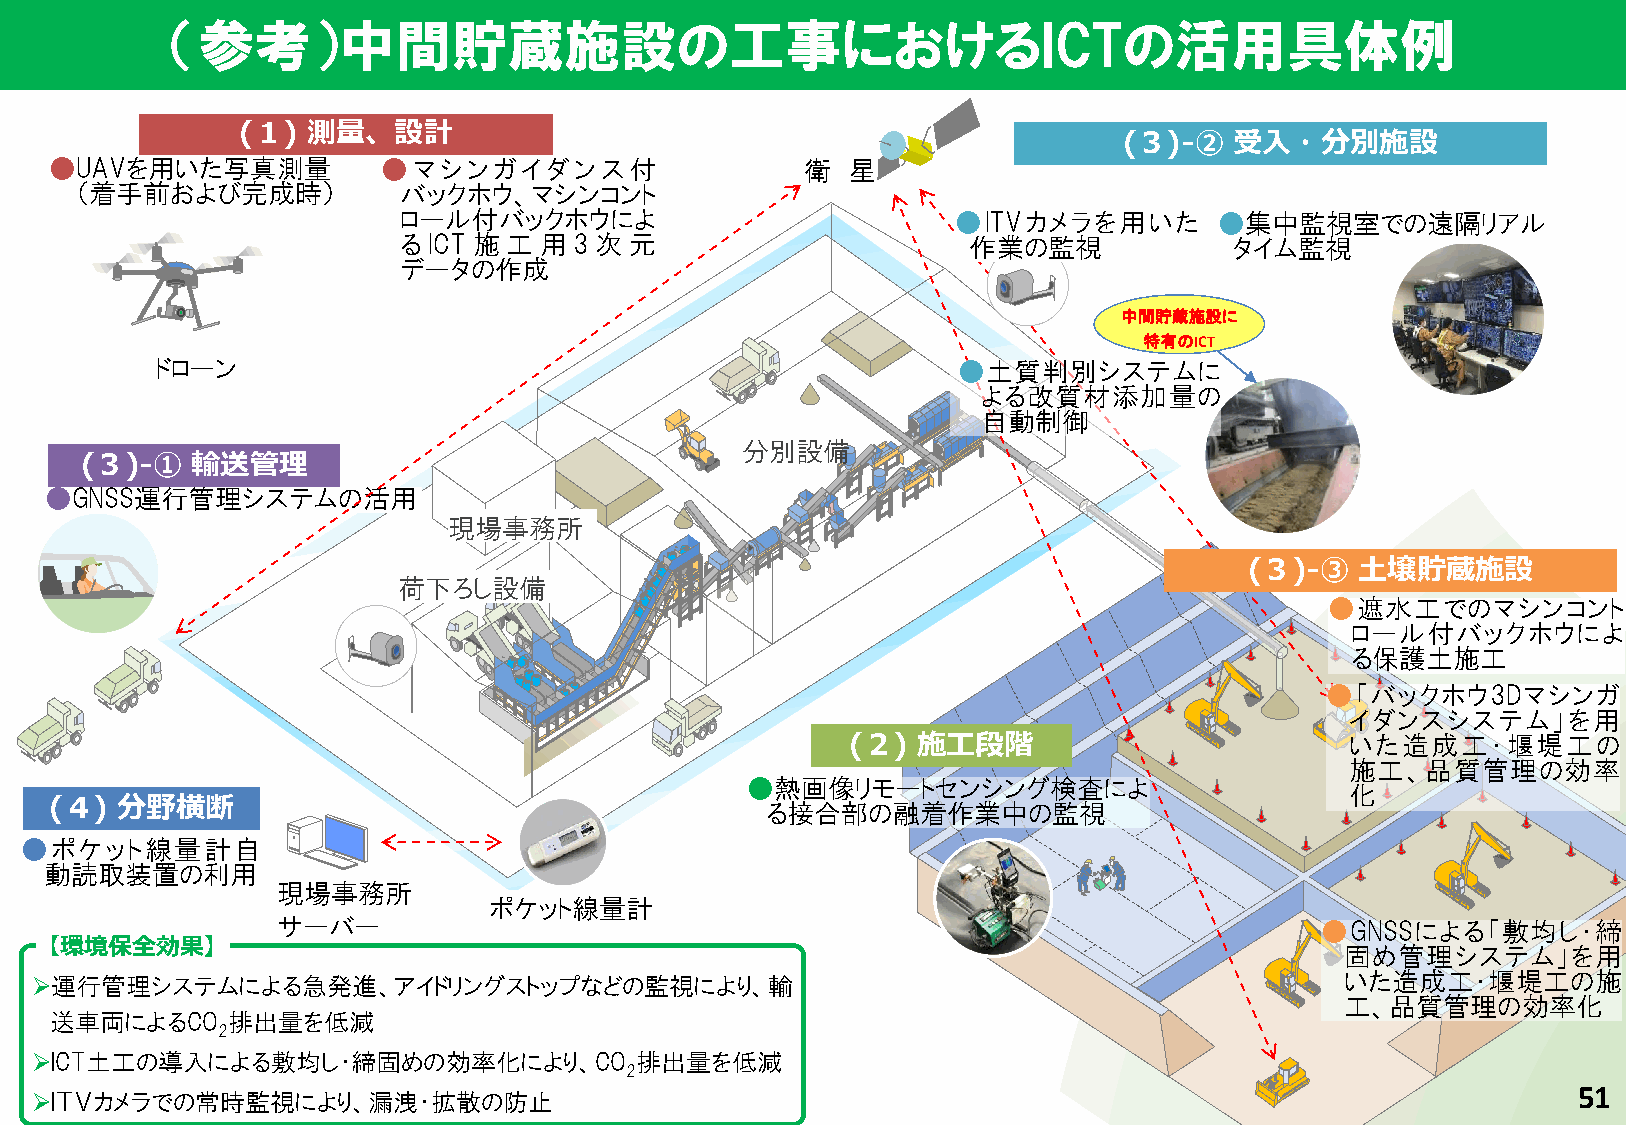
（参考）中間貯蔵施設の工事におけるICTの活用具体例
 (１) 測量、設計
 (３)-②   受入・分別施設
 ●UAVを用いた写真測量          ●マシンガイダンス付                  衛  星
 （着手前および完成時）          バックホウ、マシンコント
 ロール付バックホウによ                          ●ITVカメラを用いた       ●集中監視室での遠隔リアル
 る ICT 施 工 用 3 次 元                     作業の監視             タイム監視
 データの作成
 中間貯蔵施設に
 特有のICT
 ドローン                                                 ●土質判別システムに
 よる改質材添加量の
 自動制御
 分別設備
 (３)-①   輸送管理
 ●GNSS運行管理システムの活用
 現場事務所
 (３)-③  土壌貯蔵施設
 荷下ろし設備
 ●遮水工でのマシンコント
 ロール付バックホウによ
 る保護土施工
 ●「バックホウ3Dマシンガ
 イダンスシステム」を用
 (２)  施工段階                        いた造成工・堰堤工の
 施工、品質管理の効率
 ●熱画像リモートセンシング検査によ
 化
 (４)  分野横断
 る接合部の融着作業中の監視
 ●ポケット線量計自
 動読取装置の利用
 現場事務所
 ポケット線量計
 サーバー                                                                 ●GNSSによる「敷均し・締
 【環境保全効果】
 固め管理システム」を用
 運行管理システムによる急発進、アイドリングストップなどの監視により、輸                                                   いた造成工・堰堤工の施
 工、品質管理の効率化
 送車両によるCO    排出量を低減
 2
 ICT土工の導入による敷均し・締固めの効率化により、CO           排出量を低減
 2
 51
 ＩＴＶカメラでの常時監視により、漏洩・拡散の防止